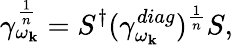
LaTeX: \gamma_{\omega_{\mathbf{k}}}^{\frac{{1}}{{n}}}=S^{\dagger}(\gamma_{\omega_{\mathbf{k}}}^{diag})^{\frac{{1}}{{n}}}S,